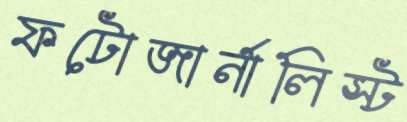
ফটোজার্নালিস্ট